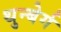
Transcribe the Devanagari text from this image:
थुन्बेर्ग